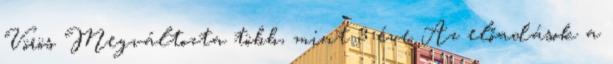
Vörös Megváltozta több, mint 3 éve Az előadások a